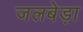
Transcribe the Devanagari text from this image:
जलबेड़ा